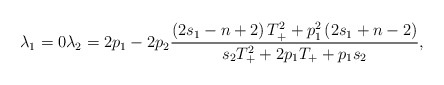
\begin{align*}\lambda_1=0\lambda_2=2p_1-2p_2 \frac{\left(2s_1-n+2\right)T_+^2+p_1^2\left(2s_1+n-2\right)}{s_2T_+^2+2p_1T_+ + p_1s_2},\end{align*}